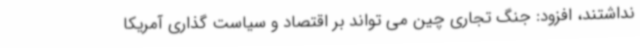
نداشتند، افزود: جنگ تجاری چین می تواند بر اقتصاد و سیاست گذاری آمریکا